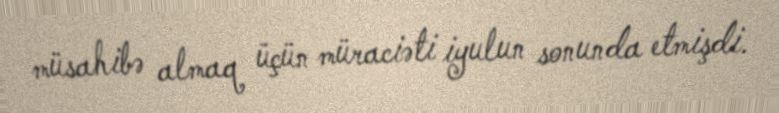
müsahibə almaq üçün müraciəti iyulun sonunda etmişdi.